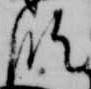
臨